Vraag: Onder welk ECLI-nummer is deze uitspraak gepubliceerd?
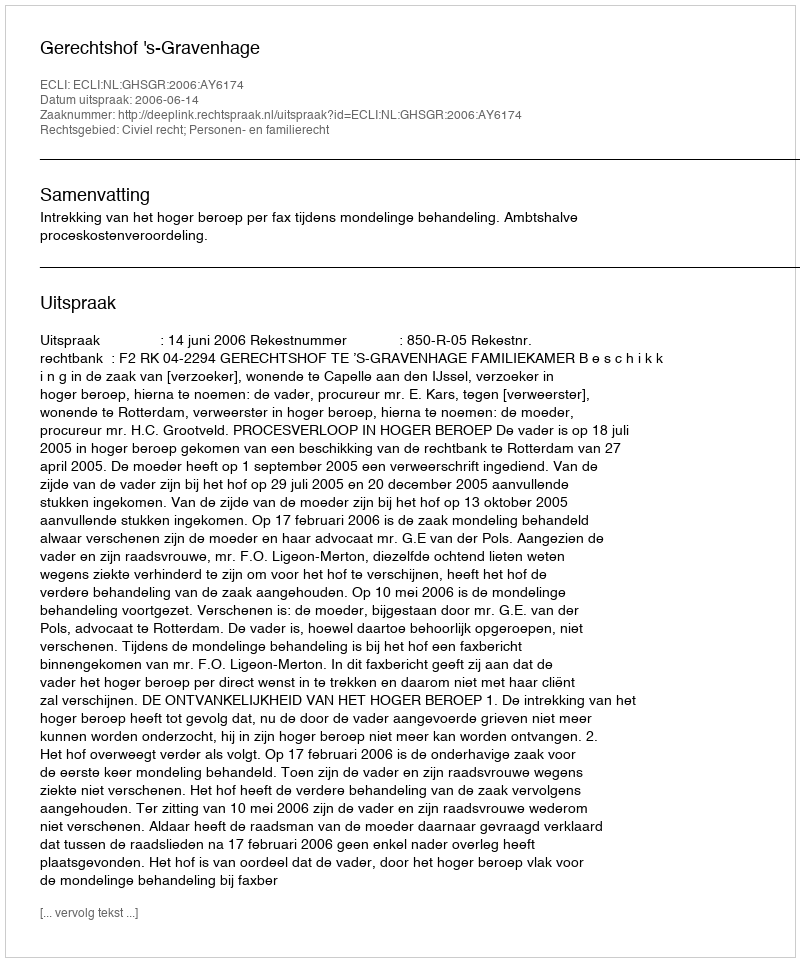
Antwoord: ECLI:NL:GHSGR:2006:AY6174